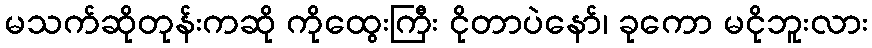
မသက်ဆိုတုန်းကဆို ကိုထွေးကြီး ငိုတာပဲနော်၊ ခုကော မငိုဘူးလား